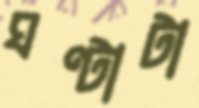
ঘণ্টাটা